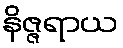
နိဇ္ဇရာယ